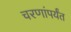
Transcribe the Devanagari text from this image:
चरणांपर्यंत